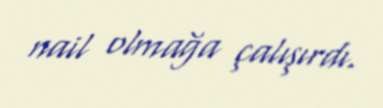
nail olmağa çalışırdı.